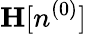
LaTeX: {\mathbf H}[n^{(0)}]